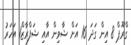
ގްރޫޕް 8 އިން ގަދަ 16 އަށް ޝާވިން އާއި ޝަފްރާޒް1 އަހަރު